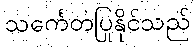
သင်္ကေတပြုနိုင်သည်